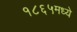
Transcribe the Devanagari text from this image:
१८६५मध्ये